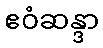
ဧဝံဆန္ဒာ